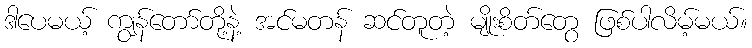
ဒါပေမယ့် ကျွန်တော်တို့နဲ့ အင်မတန် ဆင်တူတဲ့ မျိုးစိတ်တွေ ဖြစ်ပါလိမ့်မယ်။